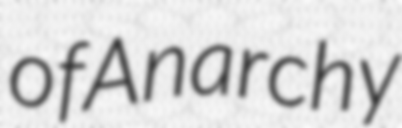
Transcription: of Anarchy